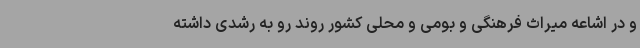
و در اشاعه میراث فرهنگی و بومی و محلی کشور روند رو به رشدی داشته